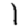
Digit: 1